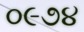
૦૯૭૪